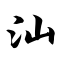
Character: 汕